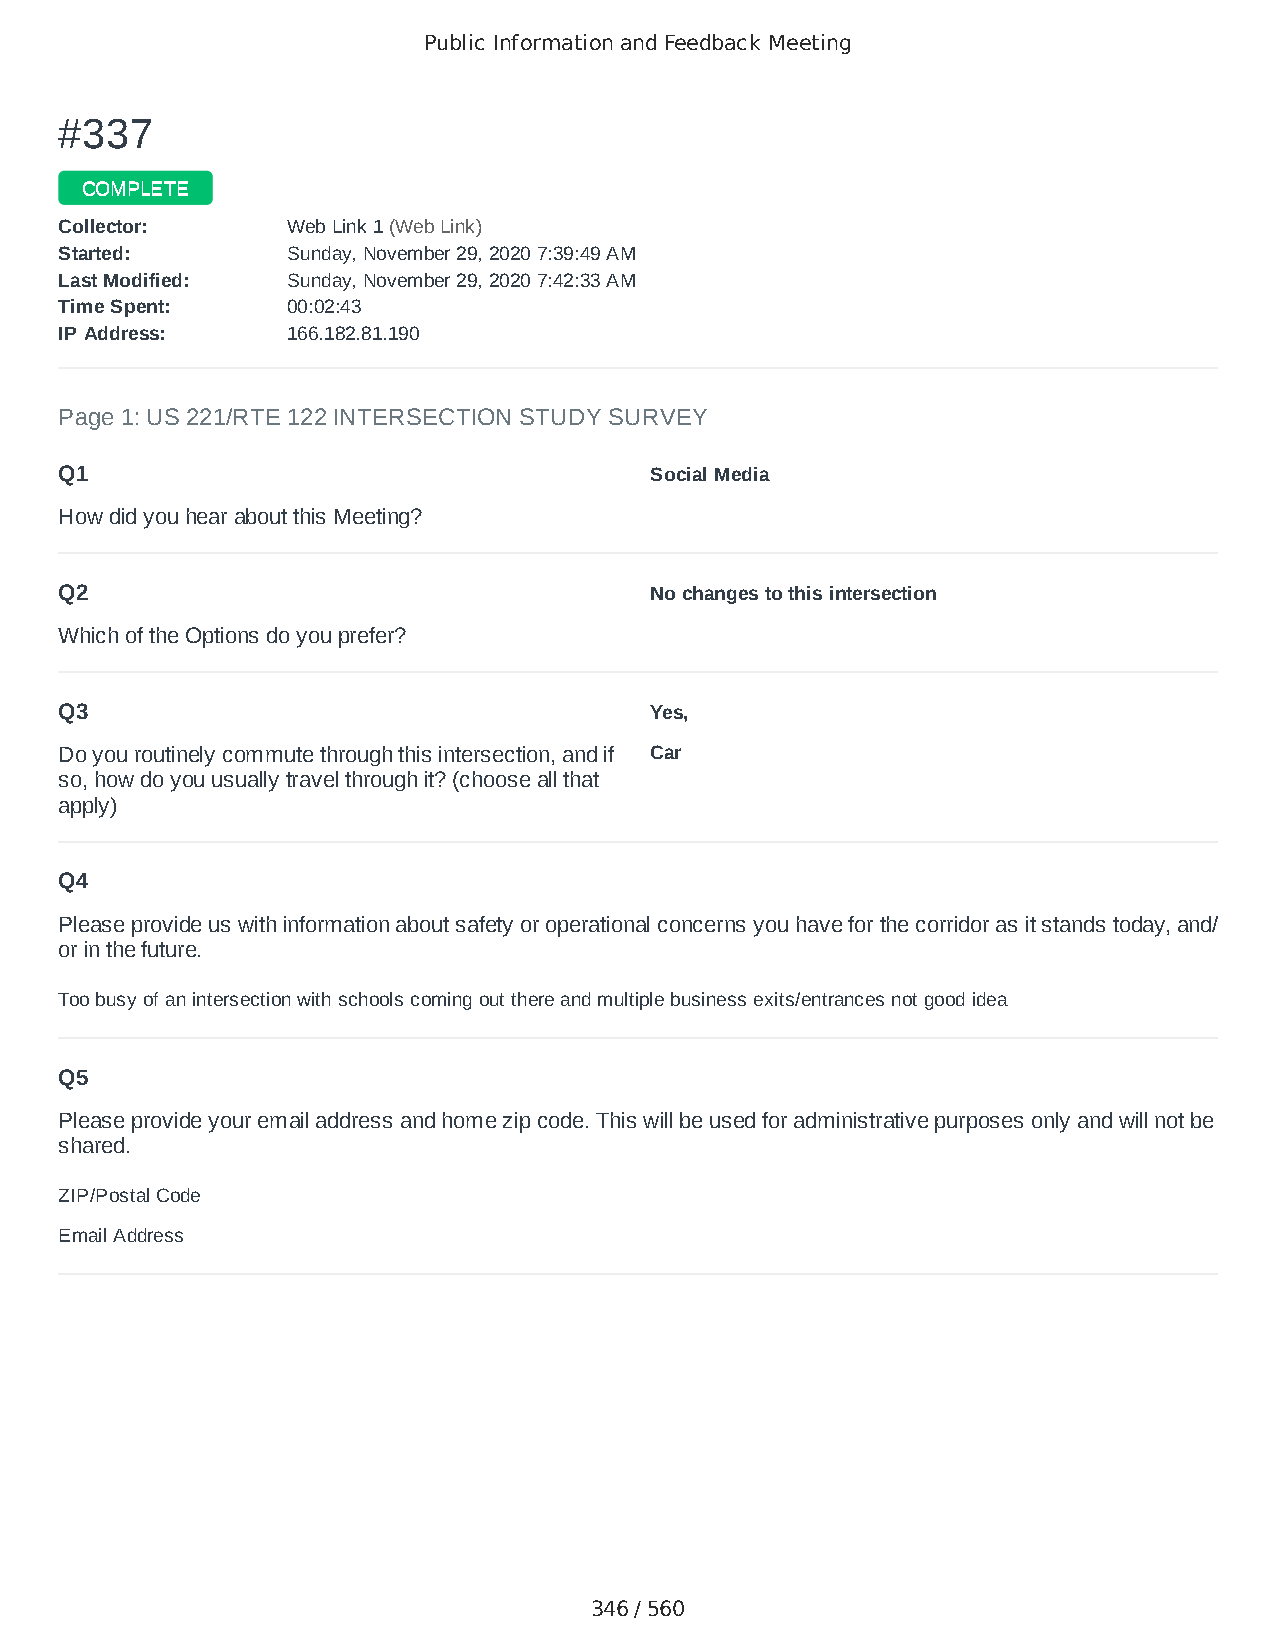
Public Information and Feedback Meeting
 ##333377
 CCOOMMPPLLEETTEE
 CCoolllleeccttoorr:: WWeebb LLiinnkk 11 ((WWeebb LLiinnkk))
 SSttaarrtteedd:: SSuunnddaayy,, NNoovveemmbbeerr 2299,, 22002200 77::3399::4499 AAMM
 LLaasstt MMooddiiffiieedd:: SSuunnddaayy,, NNoovveemmbbeerr 2299,, 22002200 77::4422::3333 AAMM
 TTiimmee SSppeenntt:: 0000::0022::4433
 IIPP AAddddrreessss:: 116666..118822..8811..119900
 Page 1: US 221/RTE 122 INTERSECTION STUDY SURVEY
 Q1                                     Social Media
 How did you hear about this Meeting?
 Q2                                     No changes to this intersection
 Which of the Options do you prefer?
 Q3                                     Yes,
 Do you routinely commute through this intersection, and if Car
 so, how do you usually travel through it? (choose all that
 apply)
 Q4
 Please provide us with information about safety or operational concerns you have for the corridor as it stands today, and/
 or in the future.
 Too busy of an intersection with schools coming out there and multiple business exits/entrances not good idea
 Q5
 Please provide your email address and home zip code. This will be used for administrative purposes only and will not be
 shared.
 ZIP/Postal Code                        24523
 Email Address                          arielmariestanley@gmail.com
 346 / 560